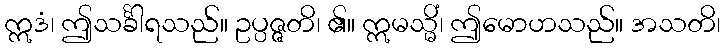
ဣဒံ၊ ဤသင်္ခါရသည်။ ဥပ္ပဇ္ဇတိ၊ ၏။ ဣမသ္မိံ၊ ဤမောဟသည်။ အသတိ၊